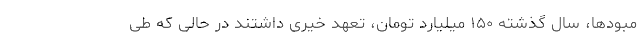
مبودها، سال گذشته ۱۵۰ میلیارد تومان، تعهد خیری داشتند در حالی که طی